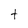
Character: t